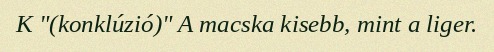
K "(konklúzió)" A macska kisebb, mint a liger.